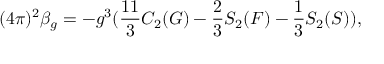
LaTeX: ( 4 \pi ) ^ { 2 } \beta _ { g } = - g ^ { 3 } ( \frac { 1 1 } { 3 } C _ { 2 } ( G ) - \frac { 2 } { 3 } S _ { 2 } ( F ) - \frac { 1 } { 3 } S _ { 2 } ( S ) ) ,